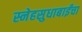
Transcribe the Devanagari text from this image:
स्नेहसुधाबाईंचा